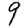
Digit: 9